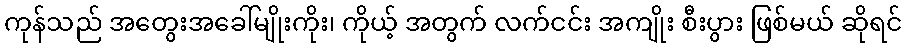
ကုန်သည် အတွေးအခေါ်မျိုးကိုး၊ ကိုယ့် အတွက် လက်ငင်း အကျိုး စီးပွား ဖြစ်မယ် ဆိုရင်